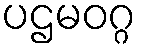
ပဌမဝဂ္ဂ